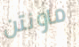
ماونتن